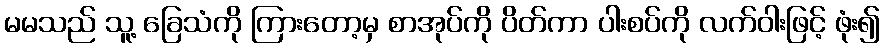
မမသည် သူ့ ခြေသံကို ကြားတော့မှ စာအုပ်ကို ပိတ်ကာ ပါးစပ်ကို လက်ဝါးဖြင့် ဖုံး၍